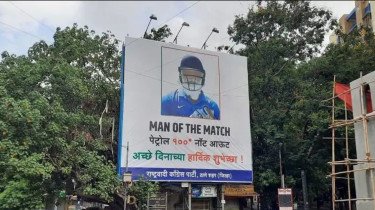
Language: marathi
Transcription: आऊट पेट्रोल शुभेच्छा ! हार्दिक दिनाच्या राष्ट्रवादी नॉट